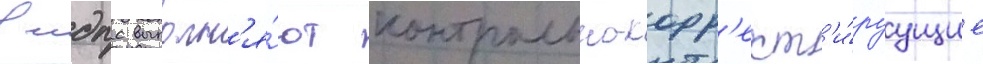
в мдпс выполн'я́ют контрольно-корр'ект'и́руущие